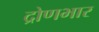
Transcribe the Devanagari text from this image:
द्रोणभार